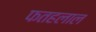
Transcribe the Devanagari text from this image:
फतहलाल